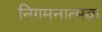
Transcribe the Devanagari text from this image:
निगमनात्‍मक